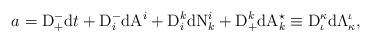
LaTeX: \begin{align*}a=\mathrm{D}^-_+\mathrm{d}t+\mathrm{D}^-_i\mathrm{dA}^i+\mathrm{D}^k_i\mathrm{dN}^i_k+\mathrm{D}^k_+\mathrm{dA}^\star_k \equiv \mathrm{D}^\kappa_\iota\mathrm{d}\Lambda^\iota_\kappa,\end{align*}